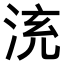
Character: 𣴹